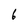
Character: 6